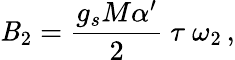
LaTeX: \mathit{B}_{2}=\frac{{g_{s}M\alpha^{\prime}}}{{2}}\ \tau\ \omega_{2}\, ,